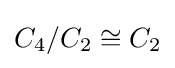
C_{4}/C_{2}\cong C_{2}